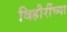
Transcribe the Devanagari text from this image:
विहीरींच्या